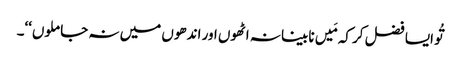
تُو ایسا فضل کر کہ مَیں نابینا نہ اٹھوں اور اندھوں میں نہ جا ملوں‘‘۔